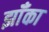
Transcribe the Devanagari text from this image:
झॉँका